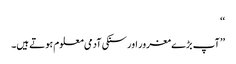
‘‘
’’ آپ بڑے مغرور اور سنکی آدمی معلوم ہوتے ہیں۔